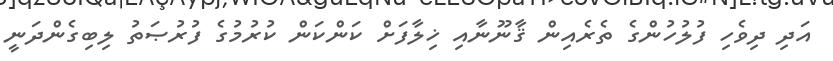
އަދި ދިވެހި ފުލުހުންގެ ތެރެއިން ޤާނޫނާއި ޚިލާފަށް ކަންކަން ކުރުމުގެ ފުރުޞަތު ލިބިގެންދަނީ